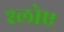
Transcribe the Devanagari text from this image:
श्लोए